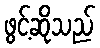
ဖွင့်ဆိုသည်